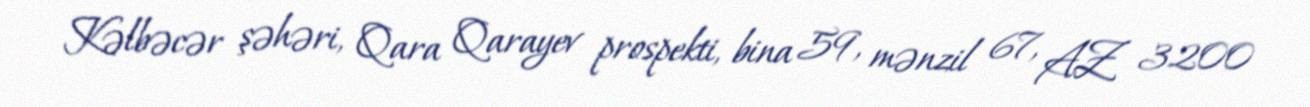
Kəlbəcər şəhəri, Qara Qarayev prospekti, bina 59, mənzil 67, AZ 3200